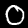
Label: 0